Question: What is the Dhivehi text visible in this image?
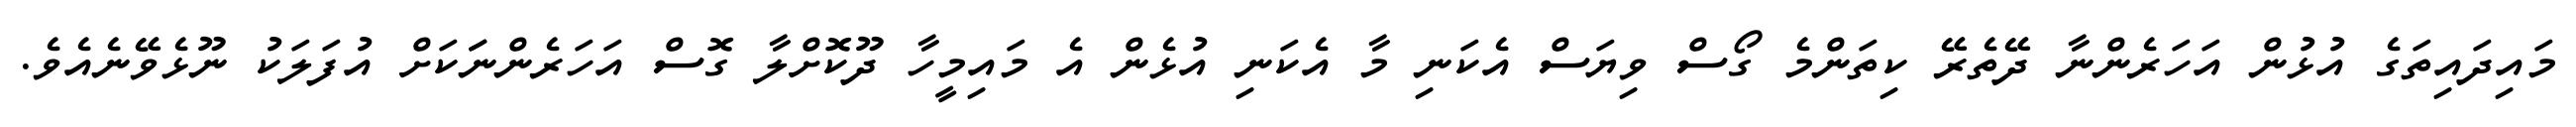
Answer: މައިދައިތަގެ އުޅުން އަހަރެންނާ ދޭތެރޭ ކިތަންމެ ގޯސް ވިޔަސް އެކަނި މާ އެކަނި އުޅެން އެ މައިމީހާ ދޫކޮށްލާ ގޮސް އަހަރެންނަަކަށް އުފަލަކު ނޫޅެވޭނެއެވެ.